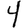
Digit: 4